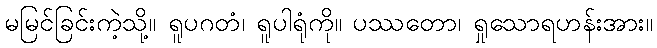
မမြင်ခြင်းကဲ့သို့။ ရူပဂတံ၊ ရူပါရုံကို။ ပဿတော၊ ရှုသောရဟန်းအား။